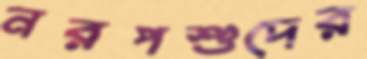
নরপশুদের